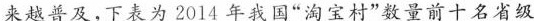
来越普及，下表为2014年我国”淘宝村”数量前十名省级